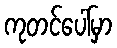
ကုတင်ပေါ်မှာ